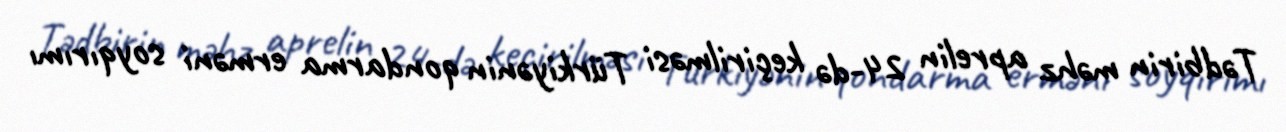
Tədbirin məhz aprelin 24-də keçirilməsi Türkiyənin qondarma erməni soyqırımı